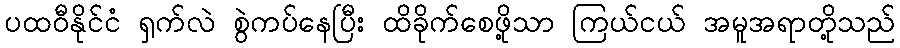
ပထဝီနိုင်ငံ ရှက်လဲ စွဲကပ်နေပြီး ထိခိုက်စေဖို့သာ ကြယ်ငယ် အမူအရာတို့သည်